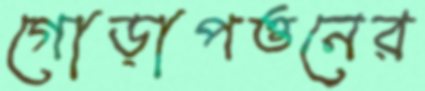
গোড়াপত্তনের